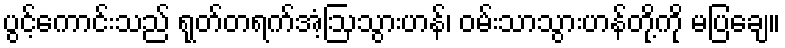
ပွင့်ကောင်းသည် ရုတ်တရက်အံ့ဩသွားဟန်၊ ဝမ်းသာသွားဟန်တို့ကို မပြချေ။